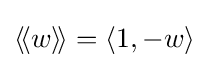
\langle \!\langle w\rangle \!\rangle =\langle 1,-w\rangle